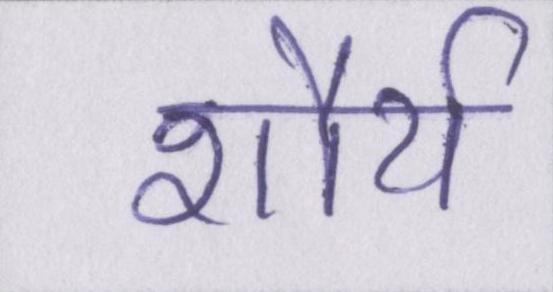
शौर्य